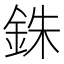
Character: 銖